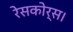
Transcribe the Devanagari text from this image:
रेसकोर्स।